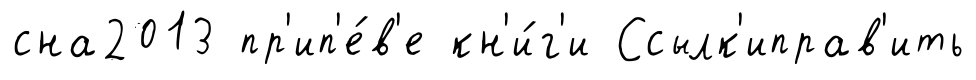
сна2013 пр'ип'е́в'е кн'и́г'и Ссылк'иправ'ить